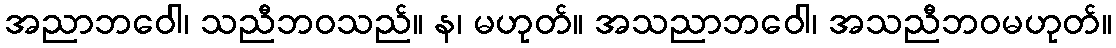
အညာဘဝေါ၊ သညီဘဝသည်။ န၊ မဟုတ်။ အသညာဘဝေါ၊ အသညီဘဝမဟုတ်။